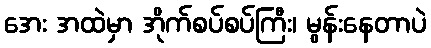
အေး အထဲမှာ အိုက်စပ်စပ်ကြီး၊ မွန်းနေတာပဲ